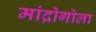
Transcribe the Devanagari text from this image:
मांद्रोगोला